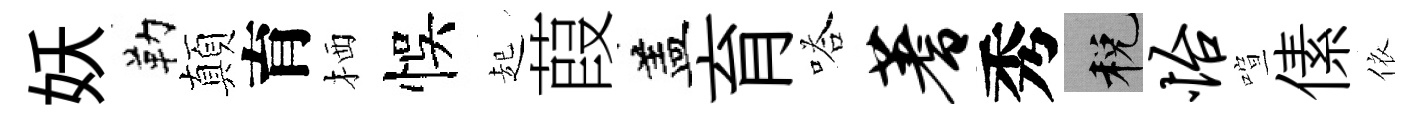
妖勒顛育栖悞起葭盖育嗒蓍秀税怡喧傃依